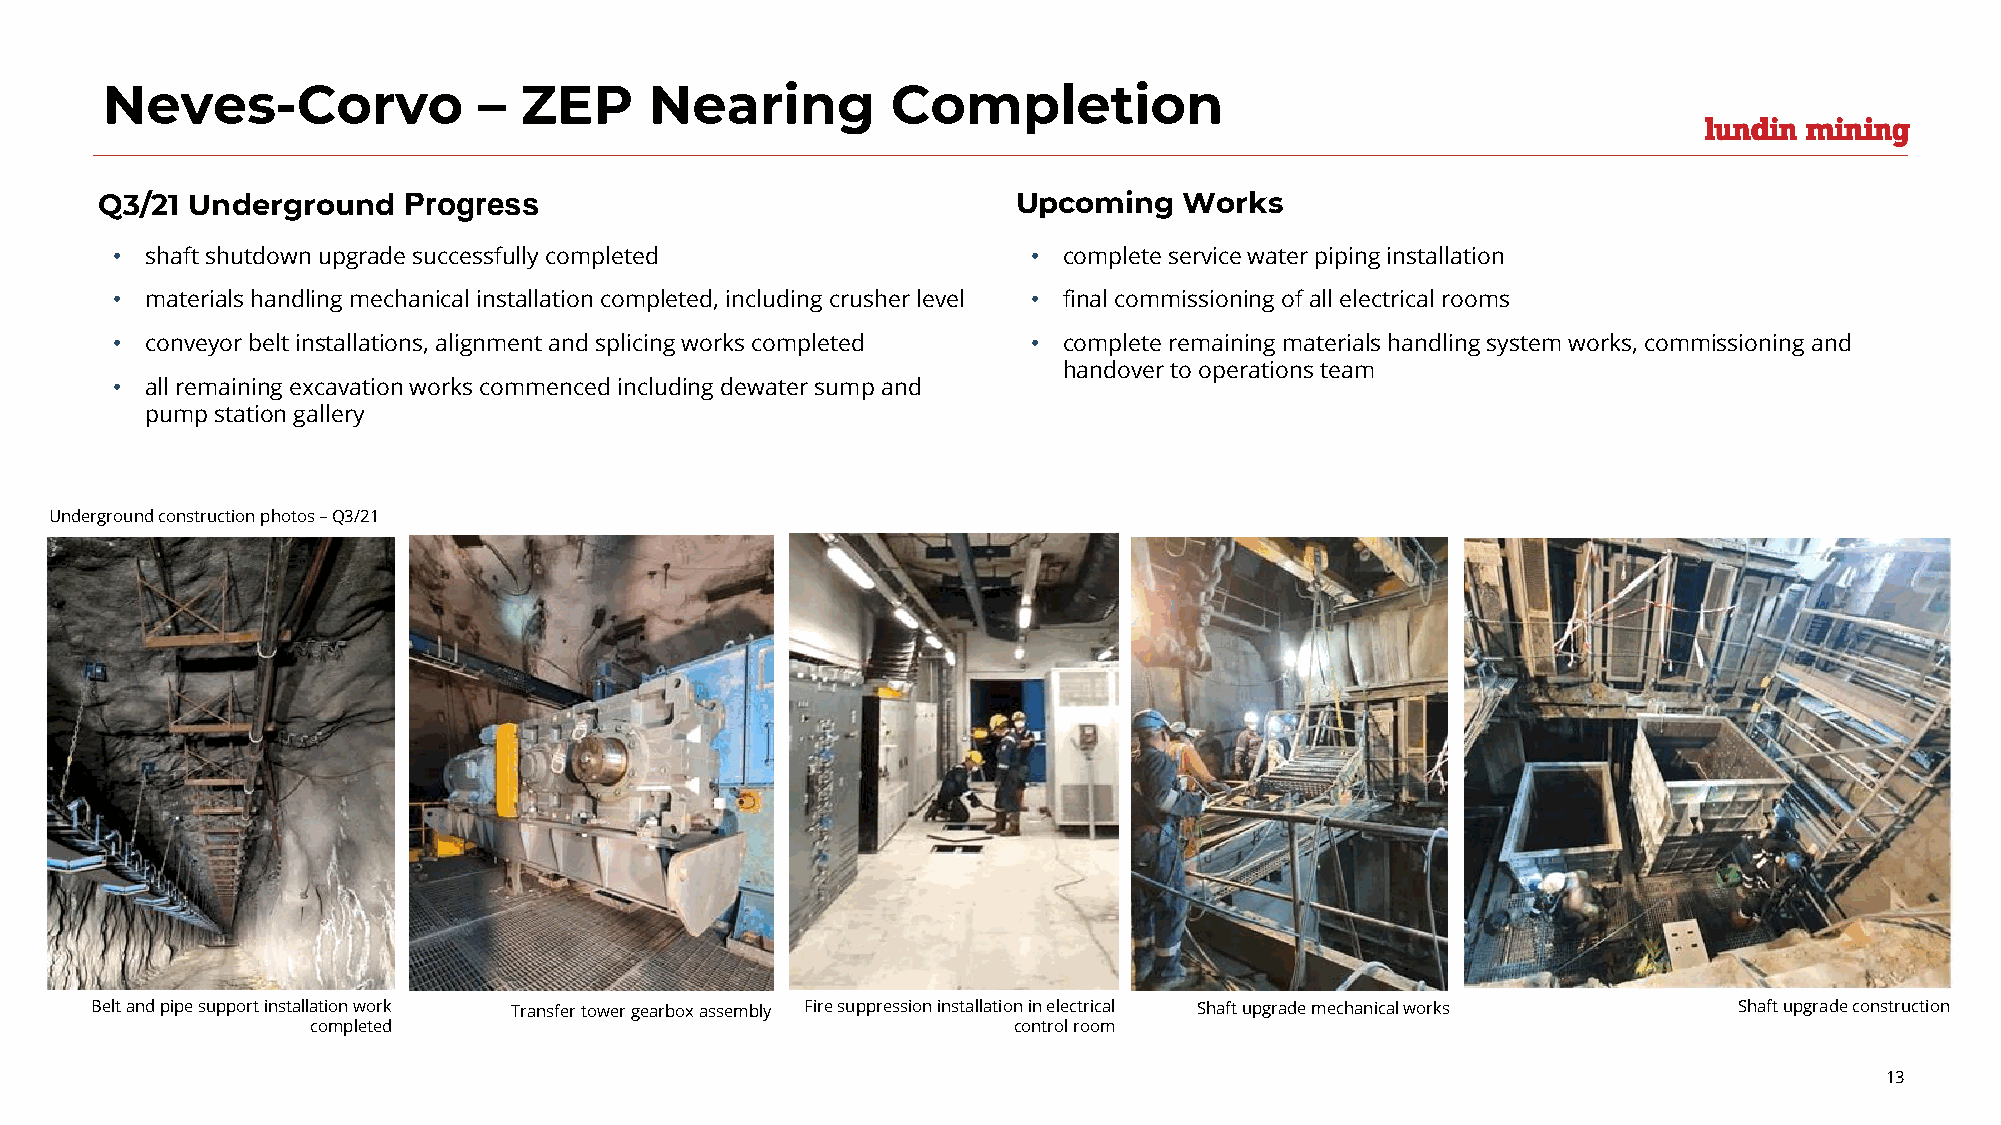
Neves-Corvo              – ZEP      Nearing         Completion
 Q3/21 Underground    Progress                                Upcoming   Works
 •  shaft shutdown upgrade successfully completed             • complete service water piping installation
 •  materials handling mechanical installation completed, including crusher level • final commissioning of all electrical rooms
 •  conveyor belt installations, alignment and splicing works completed • complete remaining materials handling system works, commissioning and
 handover to operations team
 •  all remaining excavation works commenced including dewater sump and
 pump station gallery
 Underground construction photos –Q3/21
 Belt and pipe support installation work Transfer tower gearbox assembly Fire suppression installation in electrical Shaft upgrade mechanical works Shaft upgrade construction
 completed                                     control room
 13